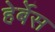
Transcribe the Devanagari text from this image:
हेर्बेस